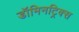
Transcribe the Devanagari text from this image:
डॉमिनट्रिक्स